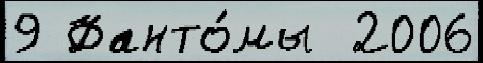
9 Фанто́мы  2006